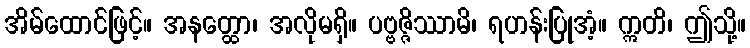
အိမ်ထောင်ဖြင့်။ အနတ္ထော၊ အလိုမရှိ။ ပဗ္ဗဇ္ဇိဿာမိ၊ ရဟန်းပြုအံ့။ ဣတိ၊ ဤသို့။